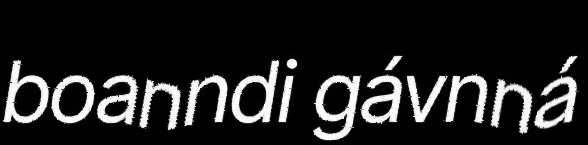
boanndi gávnná